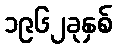
၁၉၆၂ခုနှစ်